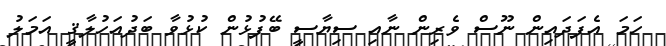
ހަމަ އެފަދައިން ނޫސް ވެރިން ނާއި ސިޔާސީ ބޭފުޅުން ކުޅުވާ ބަދުއަހުލާޤީ އަމަލު